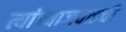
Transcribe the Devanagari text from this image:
त्यांच्याजवळची